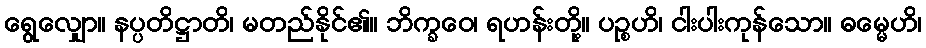
ရွေလျှော။ နပ္ပတိဋ္ဌာတိ၊ မတည်နိုင်၏။ ဘိက္ခဝေ၊ ရဟန်းတို့။ ပဉ္စဟိ၊ ငါးပါးကုန်သော။ ဓမ္မေဟိ၊